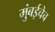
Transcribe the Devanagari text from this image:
मुंबईचेच